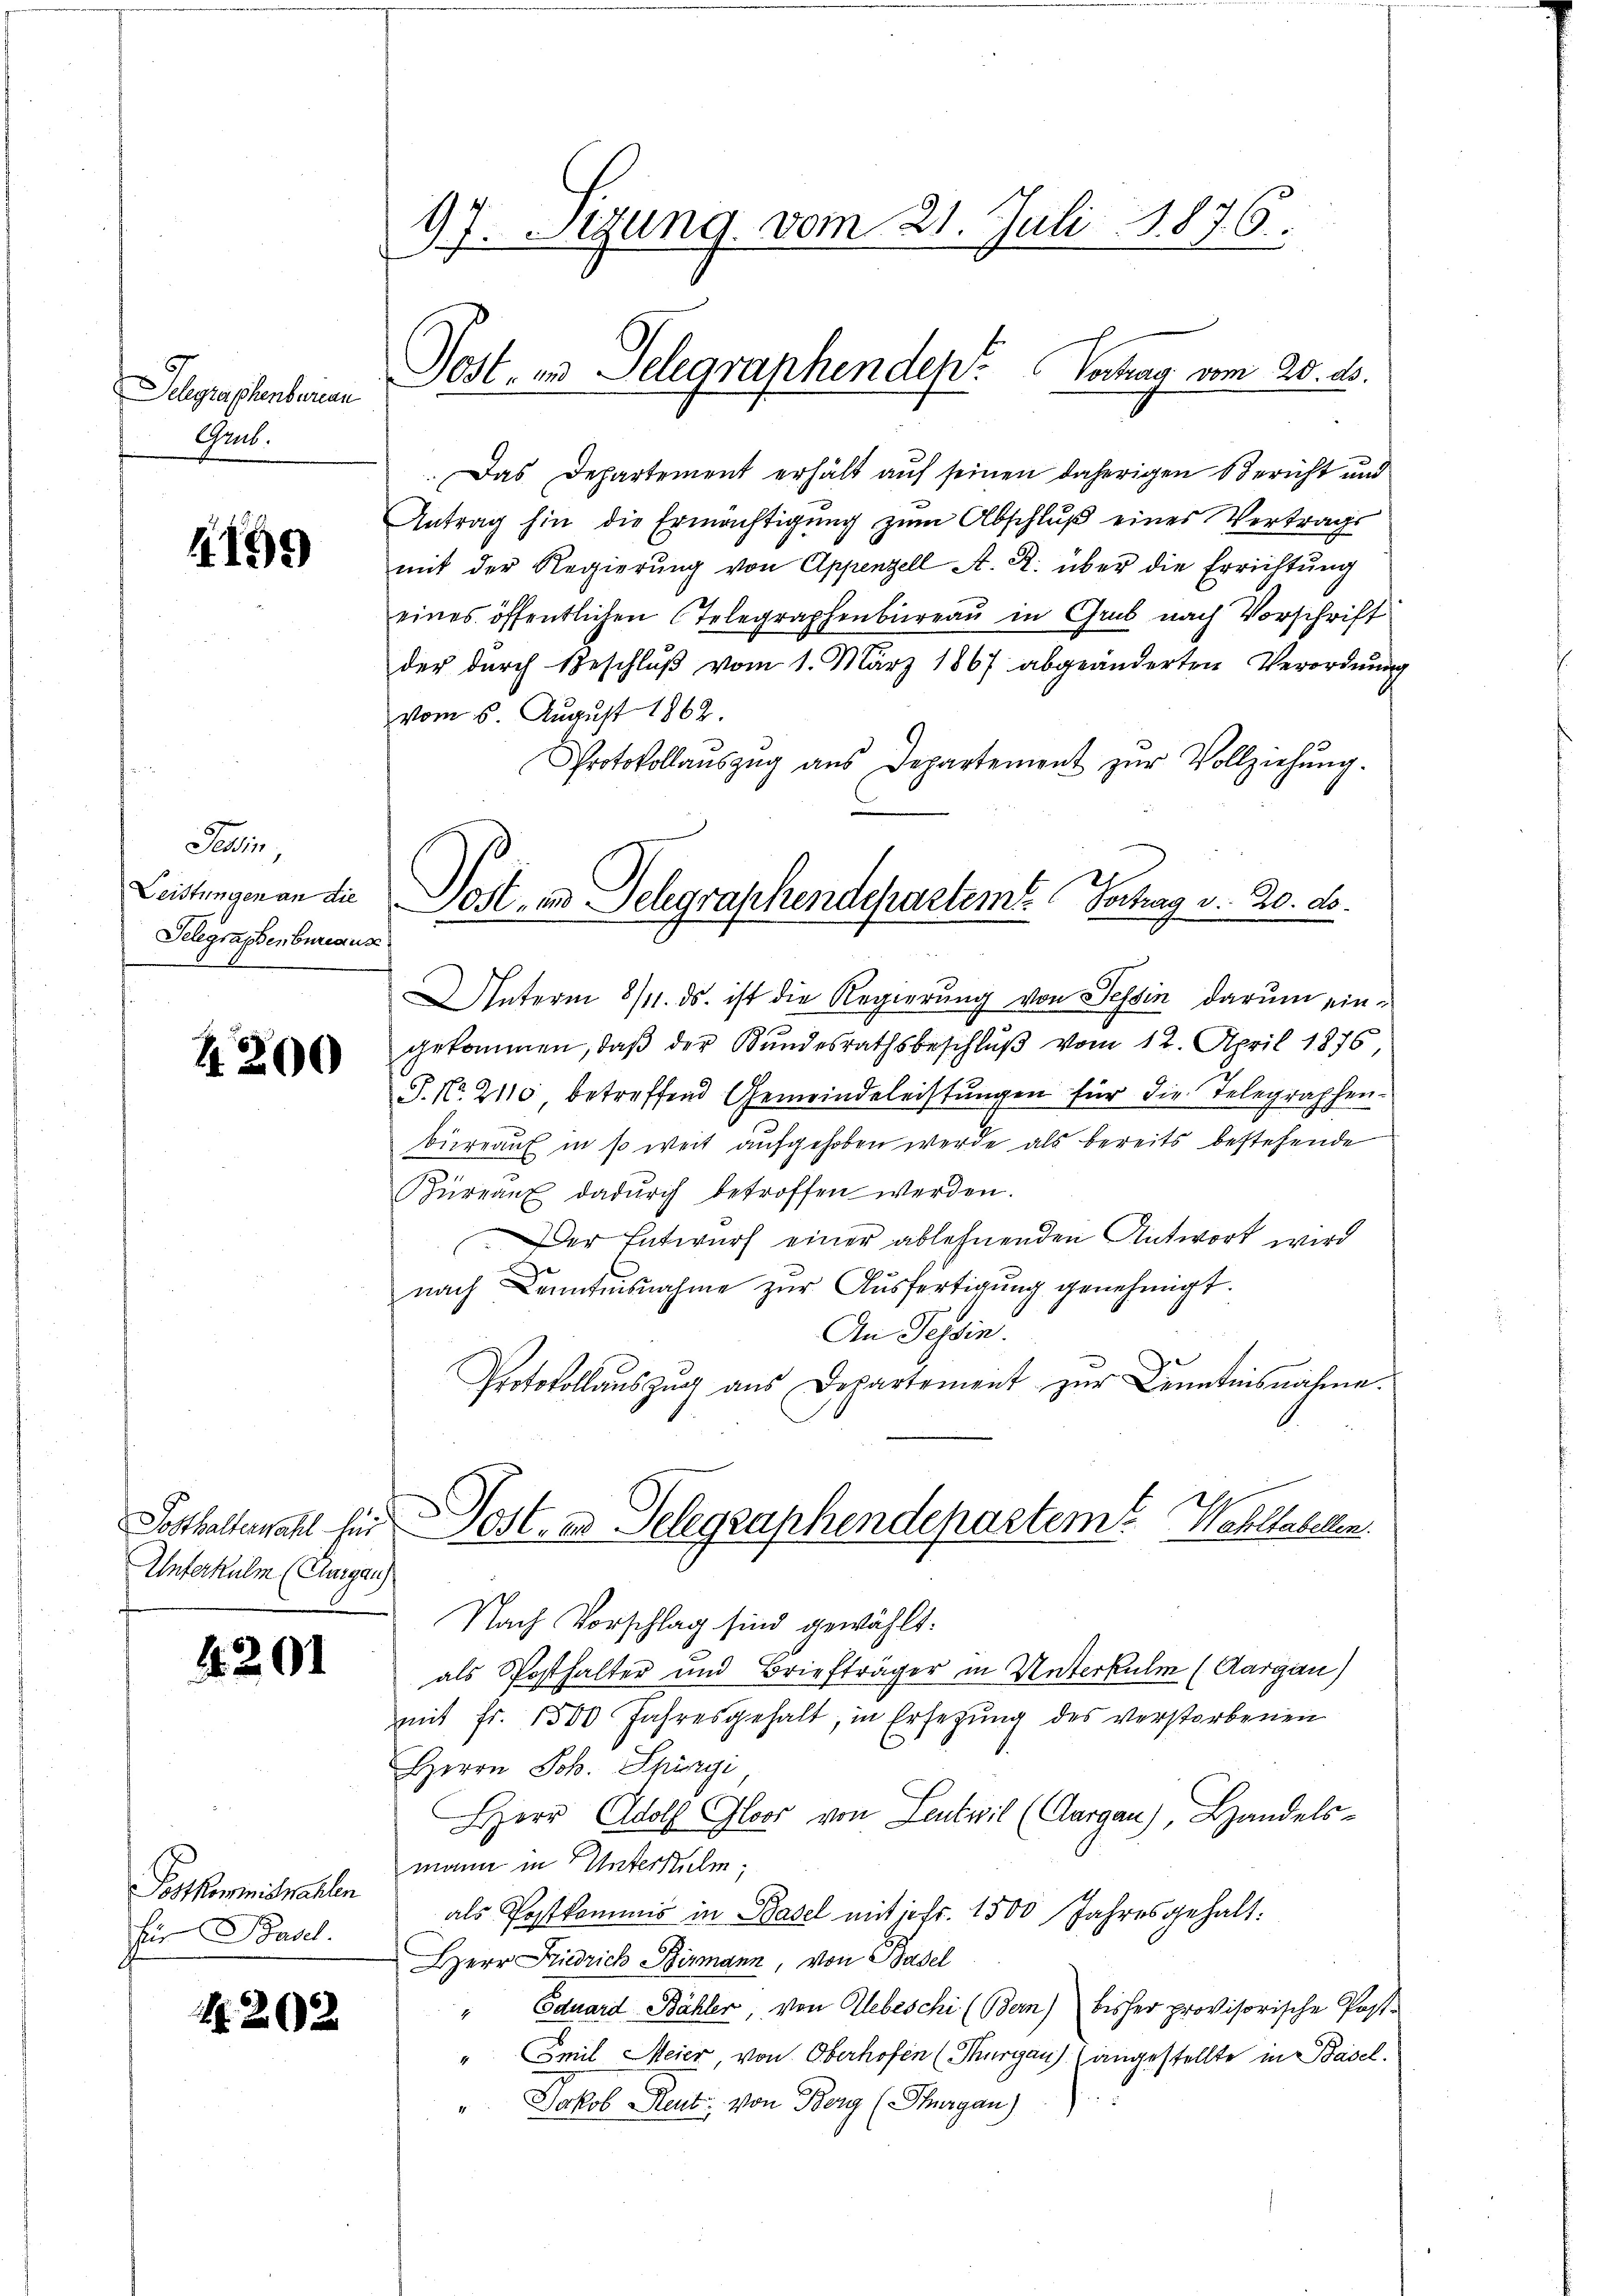
Schgraphenberan
Grub.

4199

Jain
Leistungen an die
Telegraphenbureauss

4200

Unterkulm (Umgan

4201

Postkommiswahlen
für Basel.

1202

97. Stzung vom 21. Juli 1876.
Jost, in Telegraphenden Vertrag vom 20. ds.

Das Departement erhält auf seinen daherigen Bericht und
Antrag hin die Ermächtigŭng zŭm Abschlŭβ eines Vertrags
mit der Regierŭng von Appenzell A. R. über die Errichtŭng
eines öffentlichen Telegraphenbureau in Grub nach Vorschrift
der dŭrch Beschlŭβ vom 1. März 1867 abgeänderten Verordnŭng
vom 6. August 1862.
Protokollaŭszŭg aŭs Departement zŭr Vollziehŭng.

Pott, in Telegraphendepartemt. Schag v. 20. d.

Unterm 8/11. ds. ist die Regierung von Tessin darum eingekommen, daß der Bundesrathsbeschluß vom 12. April 1876,
P. Nr. 2110, betreffend Gemeindeleistungen für die Telegraphenbüreau in so weit aufgehoben werde als bereits bestehende
Büreau dadŭrch betroffen werden.
Der Entwurf einer ablehnenden Antwort wird
nach Kenntnisnahme zŭr Aŭsfertigŭng genehmigt.
An Tessin.
Protokollauszug aus Departement zur Kenntnisnahme.
Nach Vorschlag sind gewählt:
als Posthalter und Briefträger in Unterkulm (Aargau)
mit fr. 1500 Jahresgehalt, in Ersezung des verstorbenen
Herrn Joh. Spürgi
Herr Adolf Gloor von Leutwil (Aargau), Handels-
mann in Unterstulm;
als Postkommis in Basel mit jefr. 1500 Jahresgehalt.
Herr Friedrich Birmann, von Basel
" Eduard Bähler, von Debeschi (Ber) bisher provisorische Post-
Smit Meier, von Oberhofen (Thurgau) (angestellte in Basel.
" Jakob Reut. von Berg (Thurgau)

Posthalterwahl für Post- und Telegraphendepartem Wohltoberen.